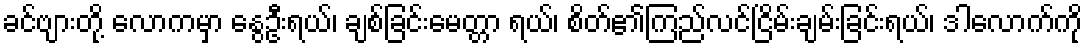
ခင်ဗျားတို့ လောကမှာ နွေဦးရယ်၊ ချစ်ခြင်းမေတ္တာ ရယ်၊ စိတ်၏ကြည်လင်ငြိမ်းချမ်းခြင်းရယ်၊ ဒါလောက်ကို